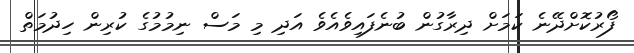
ފޯރުކޮށްދޭނެ ކަމަށް ދިރާގުން ބުނެފައިވެއެވެ އަދި މި މަސް ނިމުމުގެ ކުރިން ހިދުމަތް